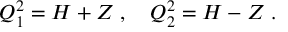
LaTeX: Q _ { 1 } ^ { 2 } = H + { \cal Z } \; , \quad Q _ { 2 } ^ { 2 } = H - { \cal Z } \; .